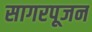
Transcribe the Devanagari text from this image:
सागरपूजन